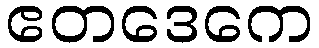
ဧတဒေကေ